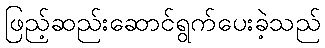
ဖြည့်ဆည်းဆောင်ရွက်ပေးခဲ့သည်